Report of the Municipal Commissioner on the plague in Bombay for the year ending 31st May... - Volume 1
Disease focus: Plague
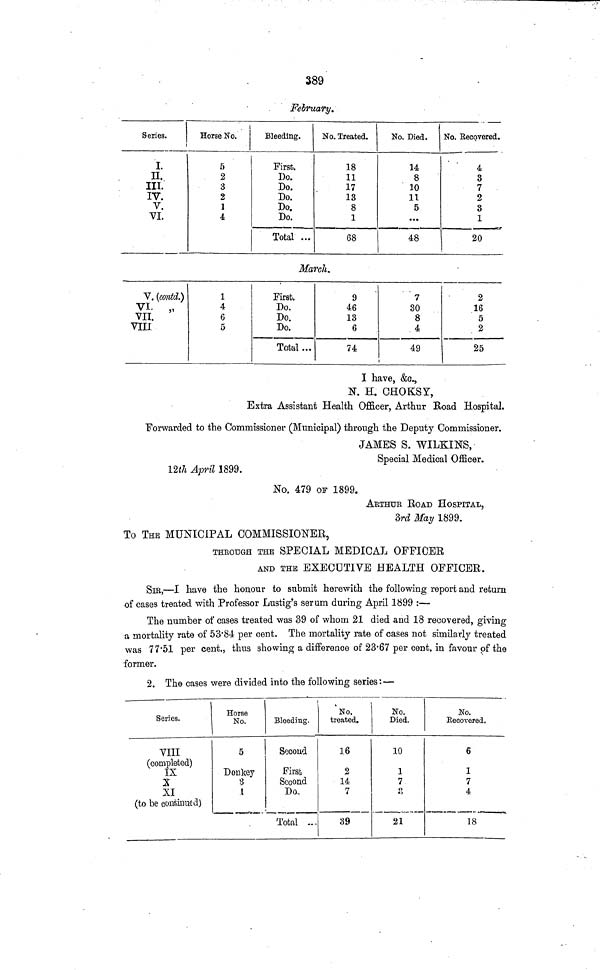
389
February.
Series.
I.
II.
III.
IV.
V.
VI.
Horse No.
5
2
3
2
1
4
Bleeding.
First.
Do.
Do.
Do.
Do.
Do.
Total ...
No. Treated.
18
11
17
13
8
1
68
No. Died.
14
8
10
11
5
...
48
No. Eecovered.
4
3
7
2
3
1
20
March.
V. (contd.)
VI. „
VII.
VIII
1
4
6
5
First.
Do.
Do.
Do.
Total ...
9
46
13
6
74
7
30
8
4
49
2
16
5
2
25
I have, &c.,
N. H. CHOKSY,
Extra Assistant Health Officer, Arthur Road Hospital.
Forwarded to the Commissioner (Municipal) through the Deputy Commissioner.
JAMES S. WILKINS,
Special Medical Officer.
12i/i April 1899.
No. 479 OF 1899.
ARTHUR Bo AD HOSPITAL,
3rd May 1899.
To THE MUNICIPAL COMMISSIONER,
THROUGH THE SPECIAL MEDICAL OFFICER
AND THE EXECUTIVE HEALTH OFFICER.
SIR,—I have the honour to submit herewith the following report and return
of cases treated with Professor Lustig's serum during April 1899 :—
The number of cases treated was 39 of whom 21 died and 18 recovered, giving
a mortality rate -of 53'84 per cent. The mortality rate of cases not similarly treated
was 77'51 per cent., thus showing a difference of 23-67 per cent, in favour of the
former.
2. The cases were divided into the following series: —
1
Series.
VIII
(completed)
IX
X
XI
(to be continued)
Horse
No.
5
Donkey
8
1
Bleeding.
Second
First
Second
Do,
Total ...
No.
treated.
16
2
14
7
39
No.
Died.
10
1
7
8
21
No.
Eecovered.
6
1
7
4
18